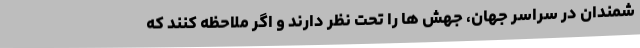
شمندان در سراسر جهان، جهش ها را تحت نظر دارند و اگر ملاحظه کنند که